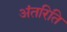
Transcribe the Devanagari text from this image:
अंतरिति